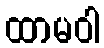
ထာမဝါ